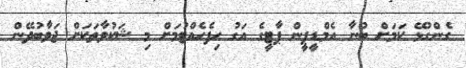
ގެންގުޅޭ ކަމަށް ބުނާ އެމްޑީޕީން ޕާޓީގެ އަގު ހިފެހެއްޓުމަށް މި ޝަކުވާތަކަށް ޖަވާބުދޭން